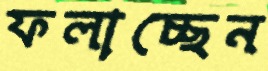
ফলাচ্ছেন